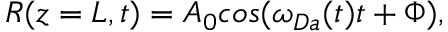
R ( z = L , t ) = A _ { 0 } c o s ( \omega _ { D a } ( t ) t + \Phi ) ,